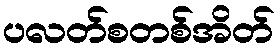
ပလတ်စတစ်အိတ်